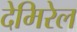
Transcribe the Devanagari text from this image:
देमिरेल